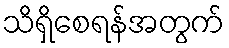
သိရှိစေရန်အတွက်